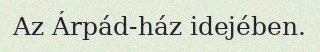
Az Árpád-ház idejében.